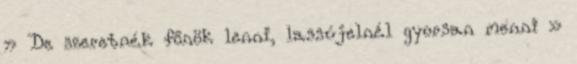
» De szeretnék főnök lenni, lassújelnél gyorsan menni »